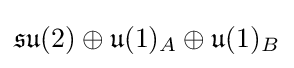
{\mathfrak {su}}(2)\oplus {\mathfrak {u}}(1)_{A}\oplus {\mathfrak {u}}(1)_{B}